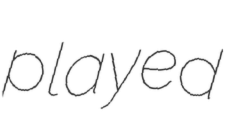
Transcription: played